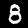
Digit: 8